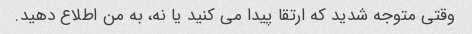
وقتی متوجه شدید که ارتقا پیدا می کنید یا نه، به من اطلاع دهید.